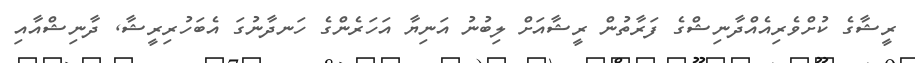
ރީޝާގެ ކުށްވެރިއެއްދާނިޝްގެ ފަރާތުން ރީޝާއަށް ލިބުނު އަނިޔާ އަހަރެންގެ ހަނދާނުގަ އެބަހުރިރީޝާ